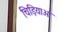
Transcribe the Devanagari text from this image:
चिड़ियाओं